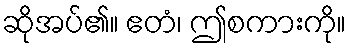
ဆိုအပ်၏။ ဧတံ၊ ဤစကားကို။